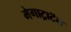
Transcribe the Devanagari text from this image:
मेगाट्राटॅन